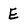
Character: E